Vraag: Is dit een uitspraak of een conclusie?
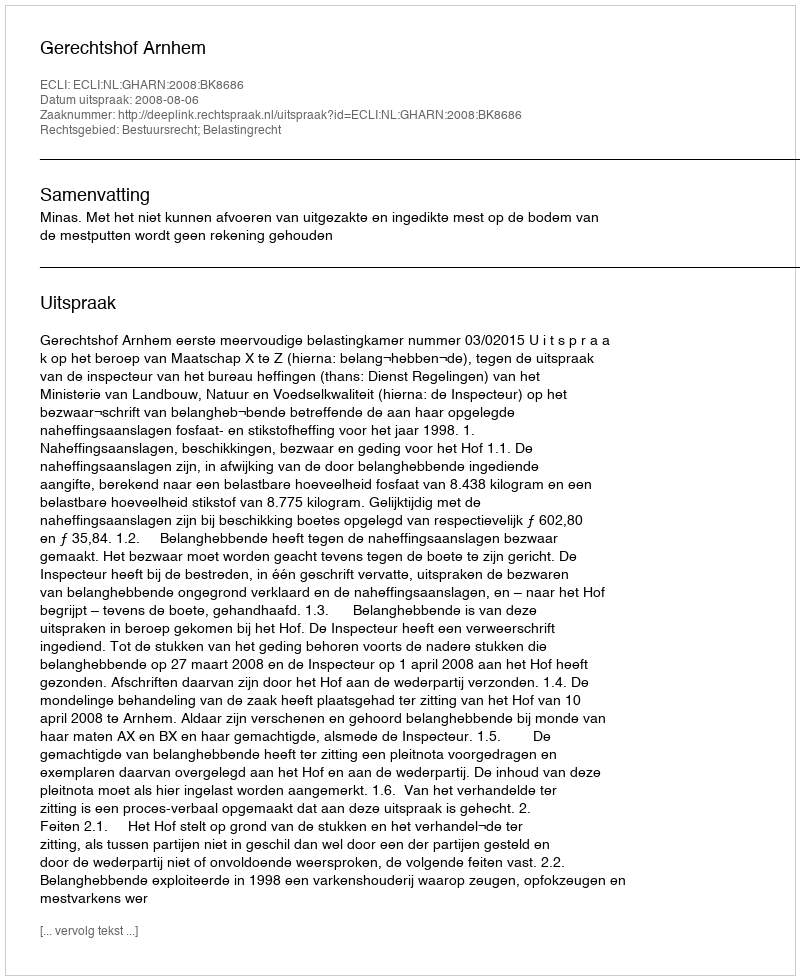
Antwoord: Uitspraak